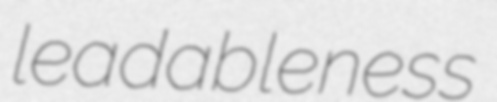
leadableness